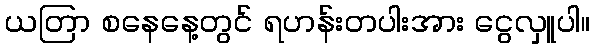
ယတြာ စနေနေ့တွင် ရဟန်းတပါးအား ငွေလှူပါ။